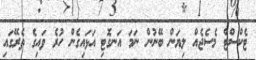
ޓެކްސްޓް މެސެޖެއް ލިޔަން ބޭނުން ނަމަ އަނގޮޓި އަޅައިގެން ހުރެ ވައިގެ ތެރޭގައި